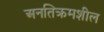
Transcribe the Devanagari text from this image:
अनतिक्रमशील